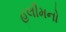
હલીમનો